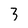
Character: 3